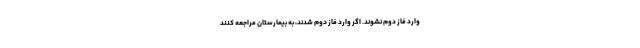
وارد فاز دوم نشوند. اگر وارد فاز دوم شدند، به بیمارستان مراجعه کنند